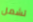
تشمل